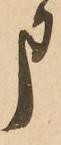
申